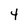
Character: 4